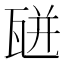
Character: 𤭅